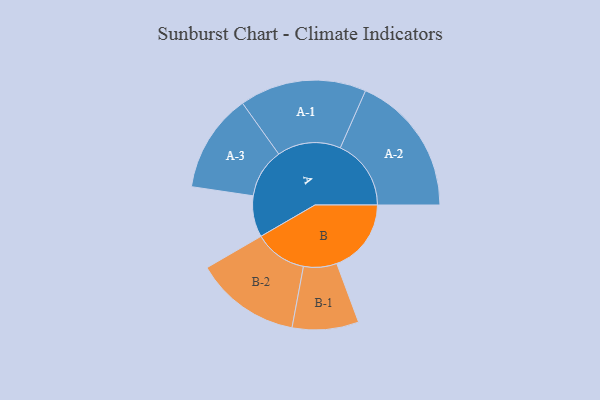
{"axis": {"x": "Segment", "y": "Value"}, "legend": ["", "A", "B"], "data": [{"x": "A", "y": 169, "type": ""}, {"x": "B", "y": 305, "type": ""}, {"x": "A-1", "y": 260, "type": "A"}, {"x": "A-2", "y": 290, "type": "A"}, {"x": "A-3", "y": 202, "type": "A"}, {"x": "B-1", "y": 136, "type": "B"}, {"x": "B-2", "y": 216, "type": "B"}]}